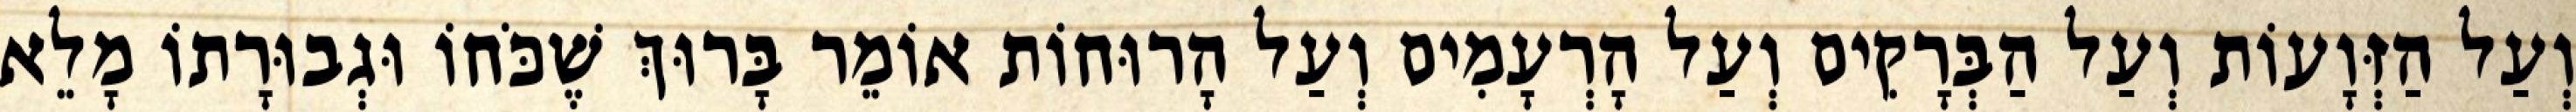
וְעַל הַזְּוָעוֹת וְעַל הַבְּרָקִים וְעַל הָרְעָמִים וְעַל הָרוּחוֹת אוֹמֵר בָּרוּךְ שֶׁכֹּחוֹ וּגְבוּרָתוֹ מָלֵא